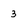
Character: 3